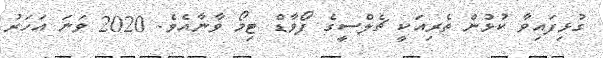
ގުޅިފައިވާ ކުޅުން ތެރިއަކީ ޗެލްސީގެ ފޯވާޑް ޓިމޯ ވާނާއެވެ. 2020 ވަނަ އަހަރު